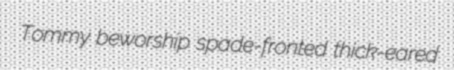
Tommy beworship spade-fronted thick-eared